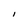
Character: I